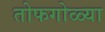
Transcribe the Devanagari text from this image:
तोफगोळ्या